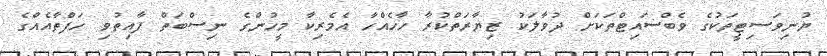
ޔުނިވަސިޓީތަކުގެ ވެބްސައިޓްތަކަށް ދުވާލަކު ޒިޔާރަތްކުރާ ހާހެއްހާ އެމެރިކާ މީހުންގެ ނިސްބަތް ފާއިތުވި ހަފްތާއެއްގެ